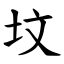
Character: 坟